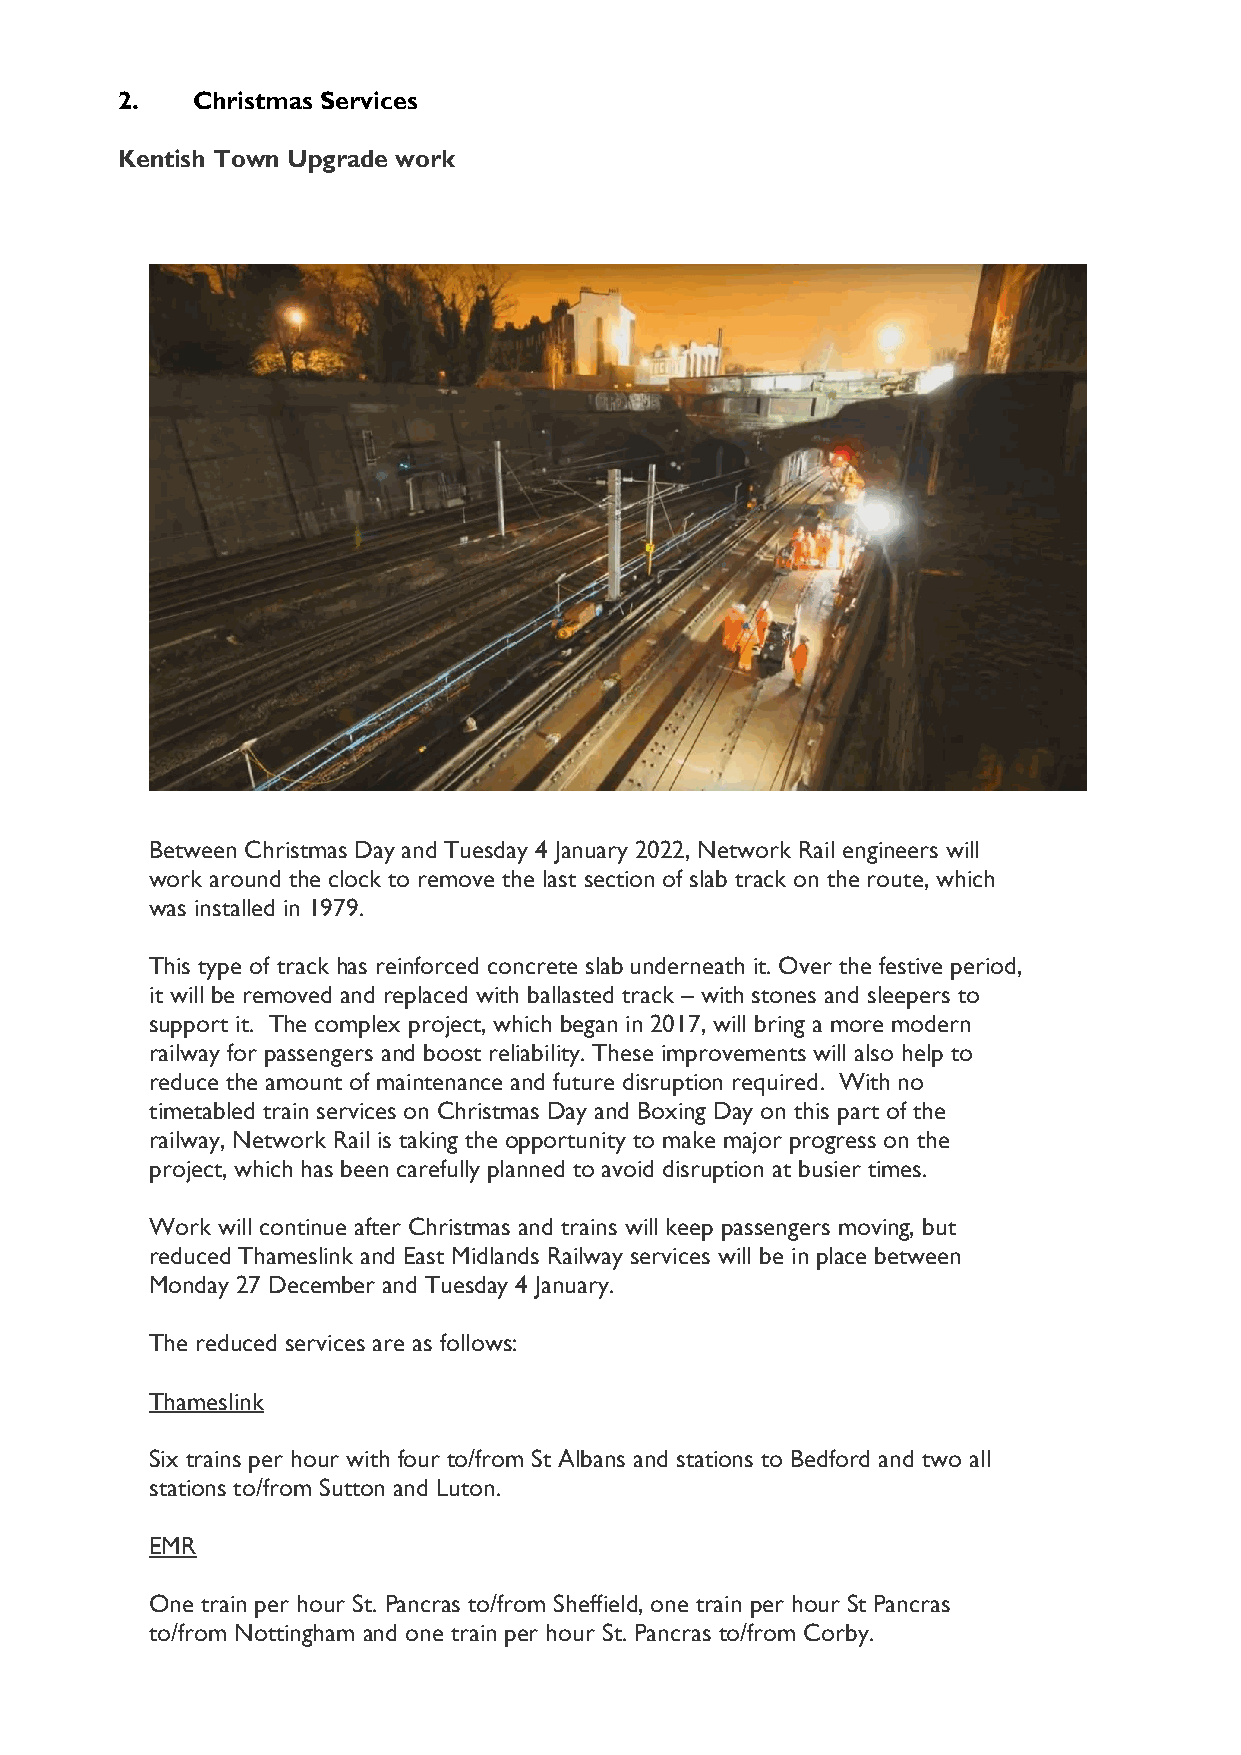
2.   Christmas Services
 Kentish Town Upgrade work
 Between Christmas Day and Tuesday 4 January 2022, Network Rail engineers will
 work around the clock to remove the last section of slab track on the route, which
 was installed in 1979.
 This type of track has reinforced concrete slab underneath it. Over the festive period,
 it will be removed and replaced with ballasted track – with stones and sleepers to
 support it. The complex project, which began in 2017, will bring a more modern
 railway for passengers and boost reliability. These improvements will also help to
 reduce the amount of maintenance and future disruption required. With no
 timetabled train services on Christmas Day and Boxing Day on this part of the
 railway, Network Rail is taking the opportunity to make major progress on the
 project, which has been carefully planned to avoid disruption at busier times.
 Work will continue after Christmas and trains will keep passengers moving, but
 reduced Thameslink and East Midlands Railway services will be in place between
 Monday 27 December and Tuesday 4 January.
 The reduced services are as follows:
 Thameslink
 Six trains per hour with four to/from St Albans and stations to Bedford and two all
 stations to/from Sutton and Luton.
 EMR
 One train per hour St. Pancras to/from Sheffield, one train per hour St Pancras
 to/from Nottingham and one train per hour St. Pancras to/from Corby.